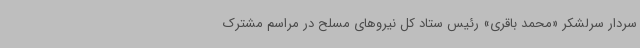
سردار سرلشکر «محمد باقری» رئیس ستاد کل نیروهای مسلح در مراسم مشترک